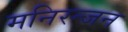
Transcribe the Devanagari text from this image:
मनिरन्जन